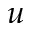
u